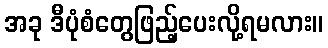
အခု ဒီပုံစံတွေဖြည့်ပေးလို့ရမလား။